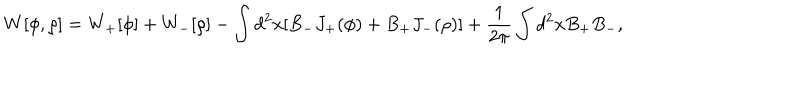
LaTeX: W [ \phi , \rho ] = W _ { + } [ \phi ] + W _ { - } [ \rho ] - \int d ^ { 2 } x [ B _ { - } J _ { + } ( \phi ) + B _ { + } J _ { - } ( \rho ) ] + { \frac { 1 } { 2 \pi } } \int d ^ { 2 } x B _ { + } B _ { - } ,